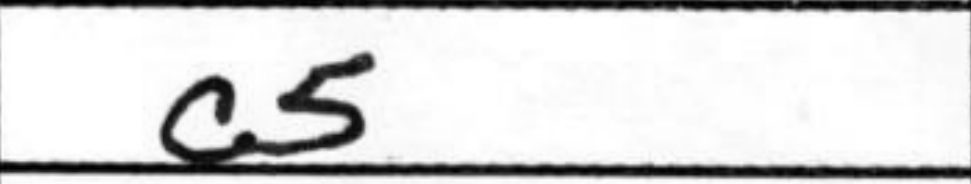
Transcription: c5